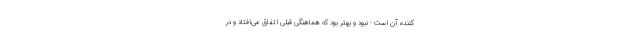
کننده آن است - نبود و بهتر بود که هماهنگی قبلی اتفاق می‌افتاد و در